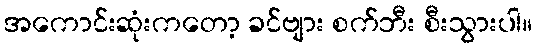
အကောင်းဆုံးကတော့ ခင်ဗျား စက်ဘီး စီးသွားပါ။